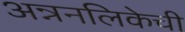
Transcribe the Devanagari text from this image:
अन्ननलिकेची